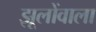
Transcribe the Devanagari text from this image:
झूलोंवाला